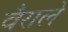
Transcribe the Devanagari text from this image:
वैराले